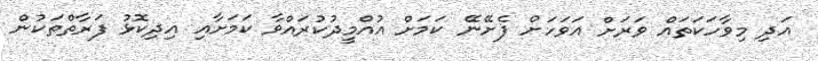
އަދި މިވާހަކަތައް ވަރަށް އަވަހަށް ފެށޭނޭ ކަމަށް އުއްމީދުކުރައްވާ ކަމަށާއި އިދިކޮޅު ފަރާތްތަކުން